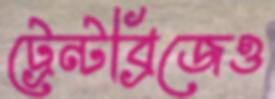
ট্রেন্টব্রিজেও